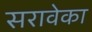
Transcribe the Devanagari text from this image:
सरावेका